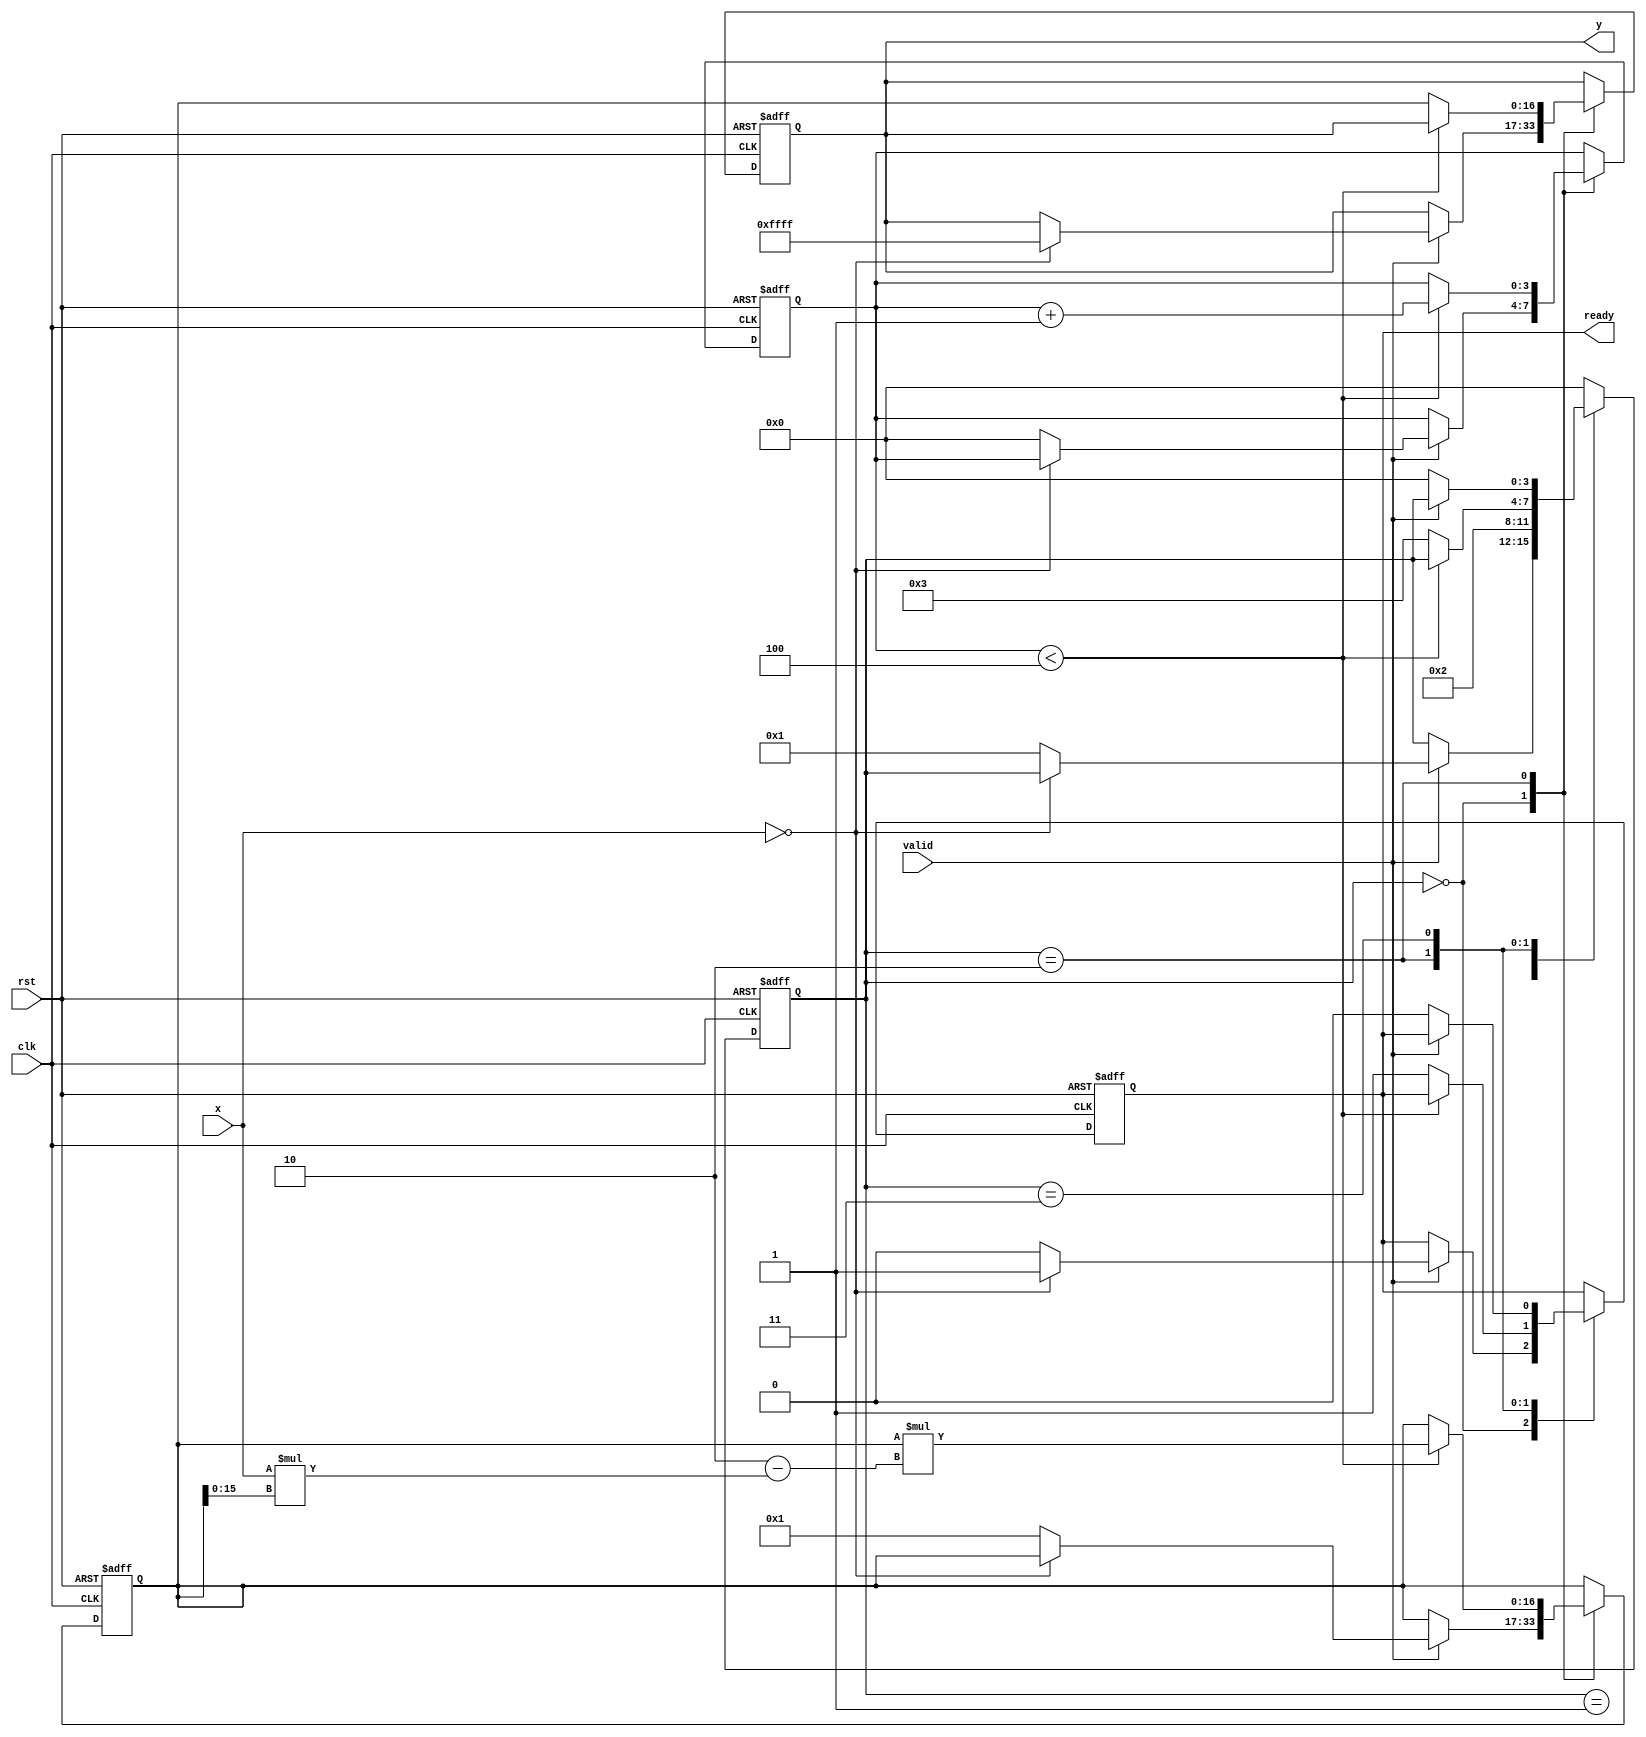
module reciprocal_block #(parameter WIDTH = 16, // Input width
                          parameter ITERATIONS = 4, // Number of iterations for Newton-Raphson
                          parameter ERROR_VALUE = 16'hFFFF) // Error value for zero input
(
    input  wire clk,
    input  wire rst,
    input  wire [WIDTH-1:0] x, // Input data
    input  wire valid, // Input valid signal
    output reg [WIDTH:0] y, // Output data (WIDTH+1 for potential overflow)
    output reg ready // Output ready signal
);

    reg [WIDTH:0] guess; // Guess for reciprocal
    reg [3:0] state; // State variable
    reg [3:0] iteration; // Iteration counter

    localparam IDLE = 0;
    localparam INIT = 1;
    localparam CALCULATE = 2;
    localparam OUTPUT = 3;

    always @(posedge clk or posedge rst) begin
        if (rst) begin
            y <= 0;
            ready <= 0;
            guess <= 0;
            state <= IDLE;
            iteration <= 0;
        end else begin
            case (state)
                IDLE: begin
                    if (valid) begin
                        if (x == 0) begin
                            y <= ERROR_VALUE; // Handle zero input case
                            ready <= 1;
                        end else begin
                            guess <= {1'b0, 1'b1}; // Initial guess (1.0 in fixed-point)
                            iteration <= 0;
                            ready <= 0;
                            state <= INIT;
                        end
                    end
                end

                INIT: begin
                    state <= CALCULATE;
                end

                CALCULATE: begin
                    if (iteration < ITERATIONS) begin
                        // Newton-Raphson update: Y(n+1) = Y(n) * (2 - X * Y(n))
                        guess <= guess * (2 - x * guess[WIDTH-1:0]);
                        iteration <= iteration + 1;
                    end else begin
                        y <= guess; // Set output to the final guess
                        ready <= 1; // Indicate that output is ready
                        state <= OUTPUT;
                    end
                end

                OUTPUT: begin
                    if (!valid) begin
                        state <= IDLE; // Go back to idle when input is not valid
                        ready <= 0; // Reset ready flag
                    end
                end

                default: state <= IDLE; // Default to IDLE state if something goes wrong
            endcase
        end
    end
endmodule